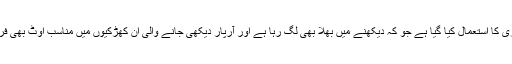
کہیں کہیں لکڑی کا استعمال کیا گیا ہے جو کہ دیکھنے میں بھلا بھی لگ رہا ہے اور آرپار دیکھی جانے والی ان کھڑکیوں میں مناسب اوٹ بھی فراہم کررہا ہے۔